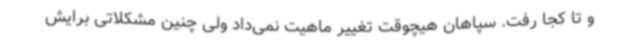
و تا کجا رفت. سپاهان هیچوقت تغییر ماهیت نمی‌داد ولی چنین مشکلاتی برایش